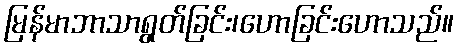
မြန်မာဘာသာရွတ်ခြင်း၊ဟောခြင်းဟောသည်။